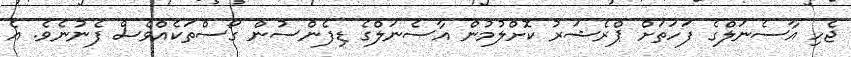
ޖެހި އާސެނަލްގެ ފަހަތަށް ޕްރެޝަރު ކޮށްލުމުން އާސެނަލްގެ ޑިފެންސުން ގޯސްތަކެއްވެސް ފެނުނެވެ. އެ